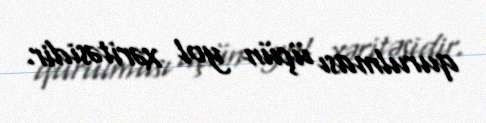
qurulması üçün yol xəritəsidir.